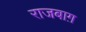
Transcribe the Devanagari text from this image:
राजबाग़